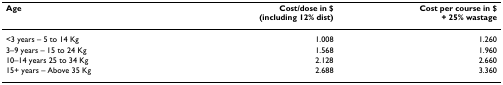
<table><thead><tr><td><b>Age</b></td><td><b>Cost/dose in $(including 12% dist)</b></td><td><b>Cost per course in $+ 25% wastage</b></td></tr></thead><tbody><tr><td>&lt;3 years – 5 to 14 Kg</td><td>1.008</td><td>1.260</td></tr><tr><td>3–9 years – 15 to 24 Kg</td><td>1.568</td><td>1.960</td></tr><tr><td>10–14 years 25 to 34 Kg</td><td>2.128</td><td>2.660</td></tr><tr><td>15+ years – Above 35 Kg</td><td>2.688</td><td>3.360</td></tr></tbody></table>